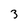
Character: 3